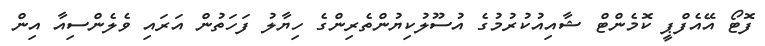
ފޮޓޯ އޭއެފްޕީ ކޮމެންޓް ޝާއިއުކުރުމުގެ އުސޫލުކިޔުންތެރިންގެ ހިޔާލު ފަހަތުން އަރައި ވެލެންސިއާ އިން